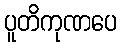
ပူတိကုဏပေ